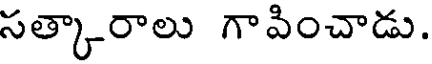
సత్కారాలు గాపించాడు.